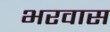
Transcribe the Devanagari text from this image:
भरवास